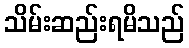
သိမ်းဆည်းရမိသည်